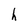
Character: h